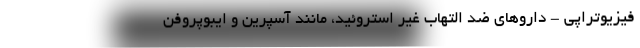
فیزیوتراپی - داروهای ضد التهاب غیر استروئید، مانند آسپرین و ایبوپروفن